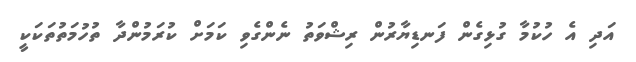
އަދި އެ ހުކުމާ ގުޅިގެން ފަނޑިޔާރުން ރިޝްވަތު ނެންގެވި ކަމަށް ކުރަމުންދާ ތުހުމަތުތަކަކީ